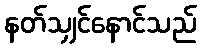
နတ်သျှင်နောင်သည်